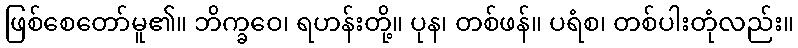
ဖြစ်စေတော်မူ၏။ ဘိက္ခဝေ၊ ရဟန်းတို့။ ပုန၊ တစ်ဖန်။ ပရံစ၊ တစ်ပါးတုံလည်း။